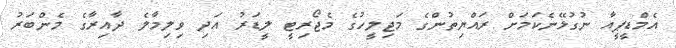
އެމްޑީޕީއާ ނުގުޅޭނެކަމަށް ރައްޔިތުންގެ މަޖިލީހުގެ މެޖޯރިޓީ ލީޑަރު އަދި ވިލިމާލެ ދާއިރާގެ މެންބަރު